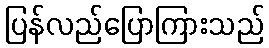
ပြန်လည်ပြောကြားသည်